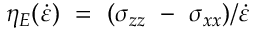
\eta _ { E } ( \dot { \varepsilon } ) ~ = ~ ( \sigma _ { z z } ~ - ~ \sigma _ { x x } ) / \dot { \varepsilon }